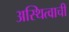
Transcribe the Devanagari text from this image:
अस्थित्वाची